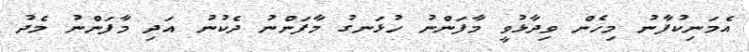
އެމަނިކުފާނު މިހެން ވިދާޅުވީ މާފަންނު ހުޅަނގު މާފަންނު ދެކުނު އަދި މާފަންނު މެދު